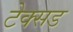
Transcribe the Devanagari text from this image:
टेक्सड